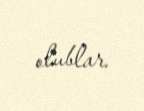
olublar.